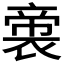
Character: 𭘳